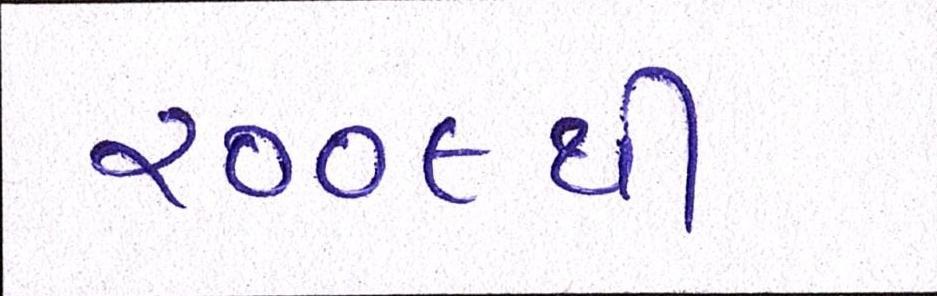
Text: ૨૦૦૯થી